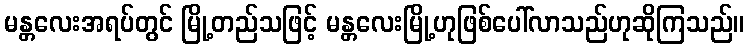
မန္တလေးအရပ်တွင် မြို့တည်သဖြင့် မန္တလေးမြို့ဟုဖြစ်ပေါ်လာသည်ဟုဆိုကြသည်။